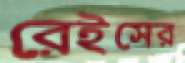
রেইসের